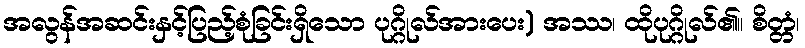
အလွန်အဆင်းနှင့်ပြည့်စုံခြင်းရှိသော ပုဂ္ဂိုလ်အားပေး) အဿ၊ ထိုပုဂ္ဂိုလ်၏။ စိတ္တံ၊